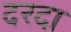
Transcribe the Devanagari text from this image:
दरदा